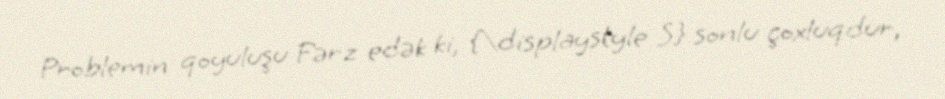
Problemin qoyuluşu Fərz edək ki, {\displaystyle S} sonlu çoxluqdur,